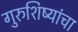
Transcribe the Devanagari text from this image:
गुरुशिष्यांचा